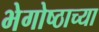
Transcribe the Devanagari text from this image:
भेगोष्ठाच्या